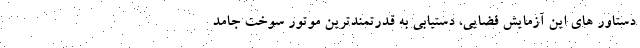
دستاور های این آزمایش فضایی، دستیابی به قدرتمندترین موتور سوخت جامد